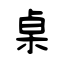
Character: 桌